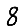
Digit: 8